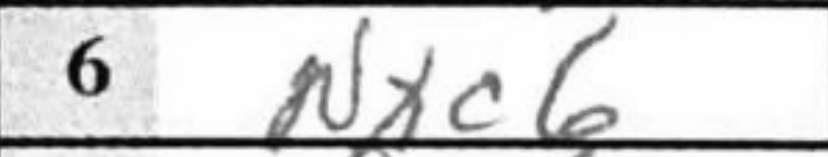
Transcription: Nxc6